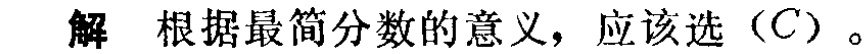
解 根据最简分数的意义，应该选（C）。